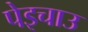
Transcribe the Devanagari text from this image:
पेइचाउ